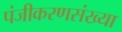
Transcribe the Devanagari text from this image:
पंजीकरणसंख्या